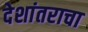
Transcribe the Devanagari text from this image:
देशांतराचा